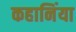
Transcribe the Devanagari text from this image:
कहानिंया